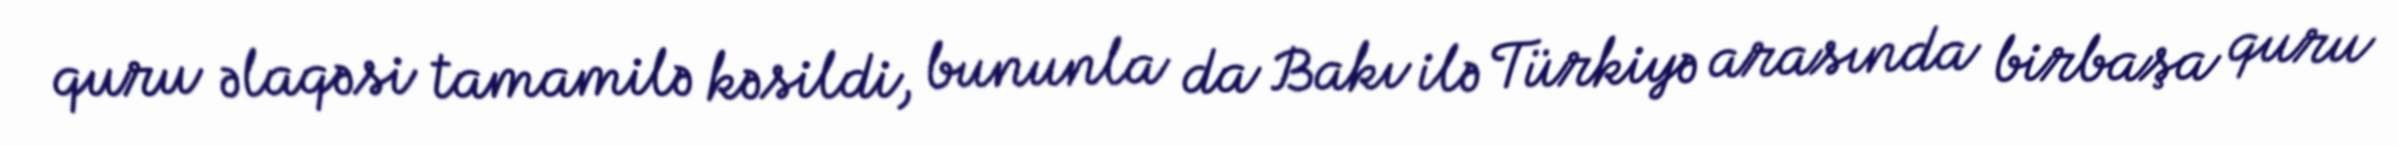
quru əlaqəsi tamamilə kəsildi, bununla da Bakı ilə Türkiyə arasında birbaşa quru